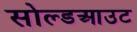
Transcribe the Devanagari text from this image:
सोल्डआउट